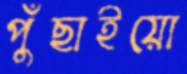
পুঁছাইয়ো